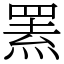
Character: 罴